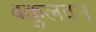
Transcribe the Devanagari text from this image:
बकुलवन